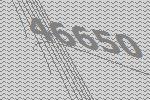
46650